Report of an investigation in regard to the prevalence of stegomyia and other mosquitoes in Karachi, and the measures necessary for their control
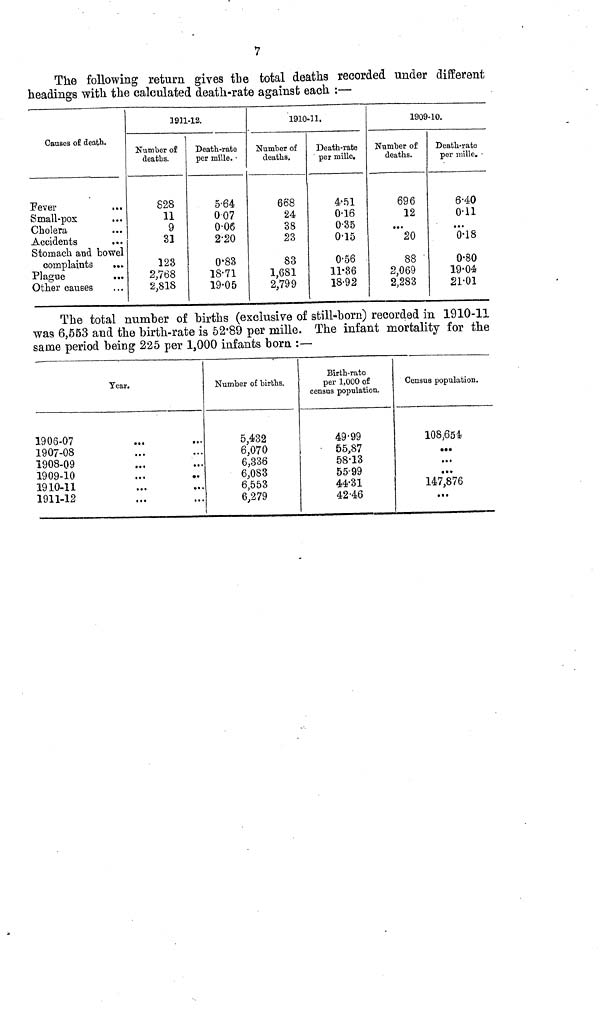
7
The following return gives the total deaths recorded under different
headings with the calculated death-rate against each :—
Causes of death.
Fever
Small-pox
Cholera
Accidents
Stomach and bowel
complaints
...
Plague
...
Other causes
1911-12.
Number of
deaths.
828
11
9
31
123
2,768
2,818
Death-rate
per mille. •
5.64
007
0.06
2.20
0.83
18.71
19.05
1910-11.
Number of
deaths.
668
24
38
23
83
1,681
2,799
Death-rate
per mille.
4.51
0.16
0.35
0.15
0.56
11.36
18.92
1909-10.
Number of
deaths.
696
12
•••
20
88
2,069
2,283
Death-rate
per mille.
6.40
0.11
• • •
0.18
0.80
19.04
21.01
The total number of births (exclusive of still-born) recorded in 1910-11
was 6,553 and the birth-rate is 52.89 per mille. The infant mortality for the
same period being 225 per 1,000 infants born :—
1906-07
1907-08
1908-09
1909-10
1910-11
1911-12
Year.
• • •
•• •
...
...
...
• • •
•
• •
...
Number of births.
5,432
6,070
6,336
6,083
6,553
6,279
Birth-rate
per 1,000 of
census population.
49.99
55,87
58.13
55.99
44.31
42.46
Census population.
108,654
• •a
• •.
...
147,876
...